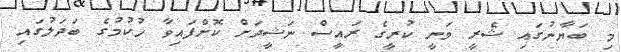
މި ބަޔާނުގައި ޝެރީ ވަނީ ކުރީގެ ރައީސް ނަޝީދަށް ކޮށްފައިވާ ހުކުމުގެ ބަދަލުގައި